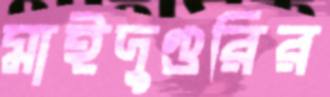
মাইদুগুরির